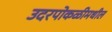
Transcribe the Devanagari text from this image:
उदरपोकळीमधील